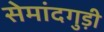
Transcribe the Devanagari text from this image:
सेमांदगुड़ी